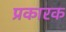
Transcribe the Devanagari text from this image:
प्रकारक